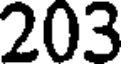
203